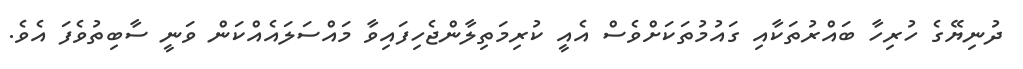
ދުނިޔޭގެ ހުރިހާ ބައްރުތަކާއި ގައުމުތަކަށްވެސް އެއީ ކުރިމަތިލާންޖެހިފައިވާ މައްސަލައެއްކަން ވަނީ ސާބިތުވެފަ އެވެ.